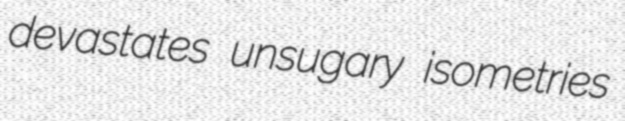
devastates unsugary isometries